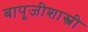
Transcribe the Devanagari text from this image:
बापूजीशास्त्री